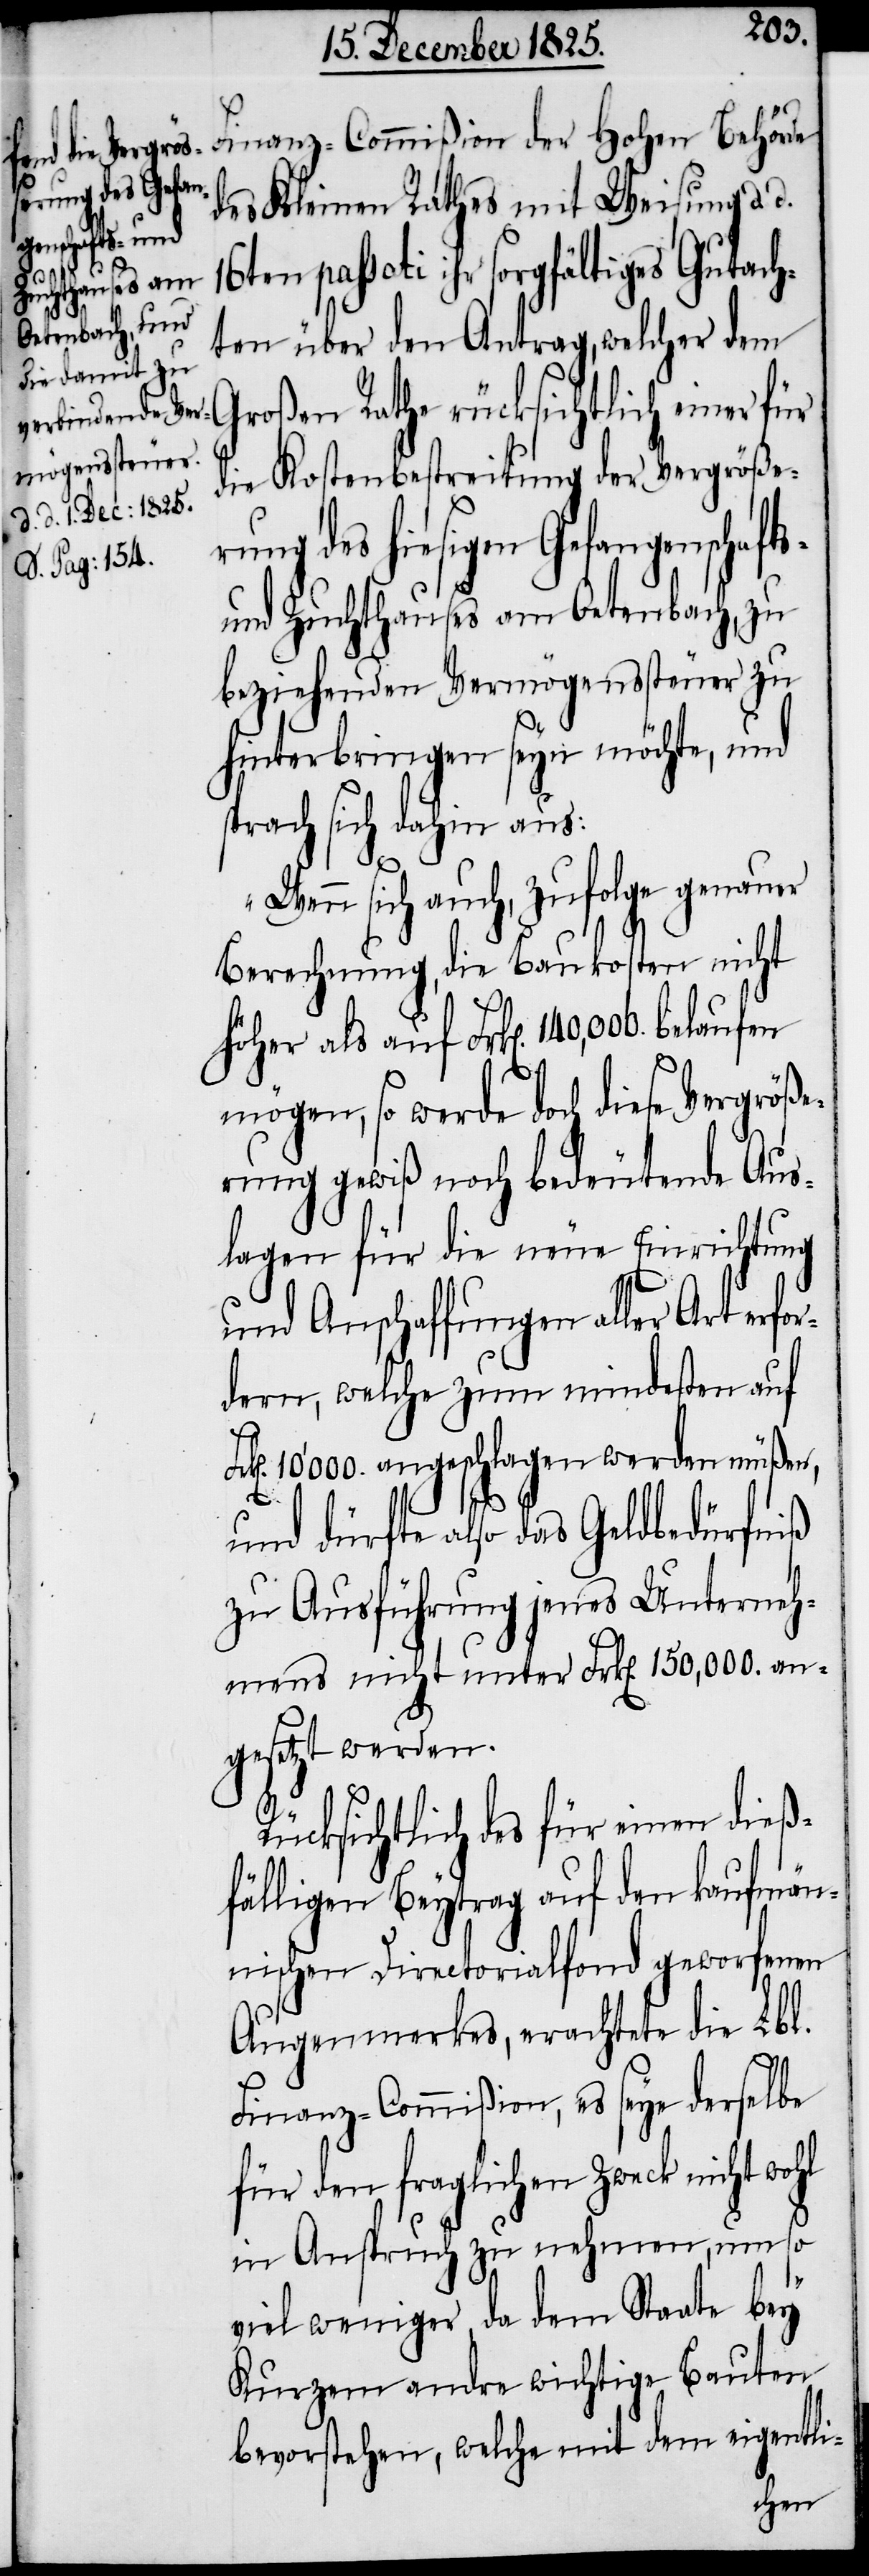
des Kleinen Rathes mit Weisung d.
belaufen
16ten passati ihr sorgfältiges Gutach¬
Frk[e¬
d.
ten über den Antrag, welcher dem
Großen Rathe rücksichtlich einer für
die Kostenbestreitung der Vergröße¬
rung des hiesigen Gefangenschaft¬
und Zuchthauses am Oetenbach, zu
beziehenden Vermögenssteuer zu
hinterbringen seyn möchte, und
prach sich dahin aus:
„Wenn sich auch, zufolge genauer
Berechnung, die Baukosten nicht
mögen, so werde doch diese Vergröße¬
rung gewiß noch bedeutende Aus¬
lagen für die neue Einrichtung
und Anschaffungen aller Art erfor¬
dern, welche zum mindesten auf
n]. 10‘000. angeschlagen werden müßen,
und dürfte also das Geldbedürfniß
zu Ausführung jenes Unterneh¬
mens nicht unter Frk[en]. 150,000. an¬
gesetzt werden.
Rücksichtlich des für einen dieß¬
fälligen Beytrag auf den kaufmän¬
nischen Directorialfond geworfenen
Augenmerkes, erachtete die Lbl.
Finanz-Commißion, es seye derselbe
für den fraglichen Zweck nicht
in Anspruch zu nehmen, um so
viel weniger, da dem Staate bey
kurzem andre wichtige Bauten
bevorstehen, welche mit dem eigentli-